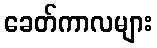
ခေတ်ကာလများ